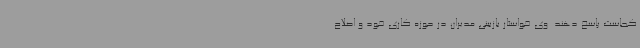
کجاست پاسخ دهند. وی خواستار بازبینی مدیران در حوزه کاری خود و اصلاح